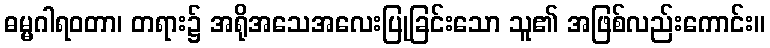
ဓမ္မဂါရဝတာ၊ တရား၌ အရိုအသေအလေးပြုခြင်းသော သူ၏ အဖြစ်လည်းကောင်း။